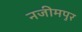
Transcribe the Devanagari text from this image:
नजीमपुर